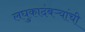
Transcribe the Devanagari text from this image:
लघुकादंबऱ्यांची